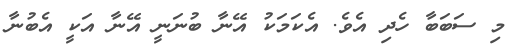
މި ސަބަބާ ހެދި އެވެ. އެކަމަކު އޭނާ ބުނަނީ އޭނާ އަކީ އެބުނާ